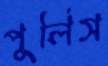
পুলিস